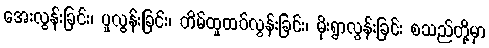
အေးလွန်းခြင်း၊ ပူလွန်းခြင်း၊ တိမ်ထူထပ်လွန်းခြင်း၊ မိုးရွာလွန်းခြင်း စသည်တို့မှာ